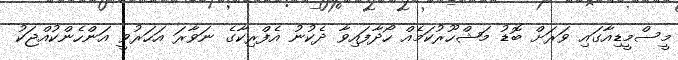
މީސްމީޑިއާގައި ވަރަށް ބޮޑު މަޝްހޫރުކަމެއް ހޯދާފައިވާ ދެކުނު އެފްރިކާގެ ނަވާރަ އަހަރުވީ އަންހެންކުއްޖަކު